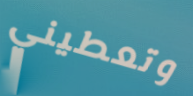
وتعطيني